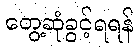
တွေ့ဆုံခွင့်ရရန်